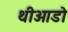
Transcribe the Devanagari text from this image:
थीओडो